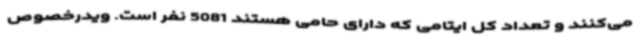
می‌کنند و تعداد کل ایتامی که دارای حامی هستند 5081 نفر است. ویدرخصوص